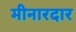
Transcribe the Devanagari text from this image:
मीनारदार